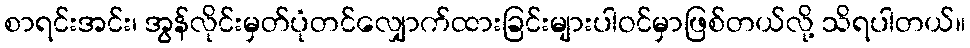
စာရင်းအင်း၊ အွန်လိုင်းမှတ်ပုံတင်လျှောက်ထားခြင်းများပါဝင်မှာဖြစ်တယ်လို့ သိရပါတယ်။